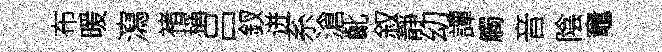
布暖瀉褚稱吕釵迸系滄齔叙靜㓜譚觸音陰竈